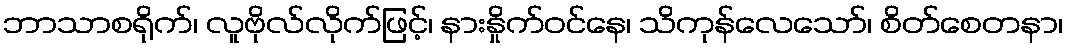
ဘာသာစရိုက်၊ လူဗိုလ်လိုက်ဖြင့်၊ နားနှိုက်ဝင်နေ၊ သိကုန်လေသော်၊ စိတ်စေတနာ၊